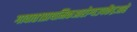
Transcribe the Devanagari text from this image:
गावात१प्राथमिकआरोग्यउपकेंद्रआहे